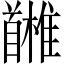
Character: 𩠳